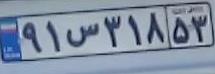
۹۱س۳۱۸۵۳